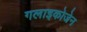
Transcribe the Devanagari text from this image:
गलाइकोजेन